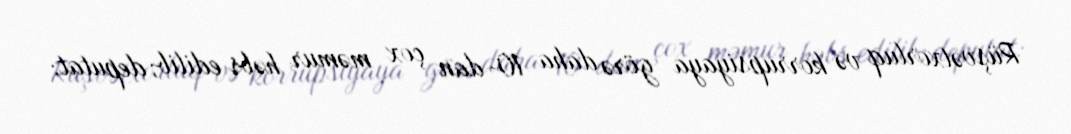
Rüşvətxorluq və korrupsiyaya görə daha 10-dan çox məmur həbs edilib; deputat: